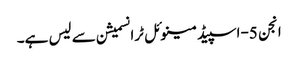
انجن 5-اسپیڈ مینوئل ٹرانسمیشن سے لیس ہے۔